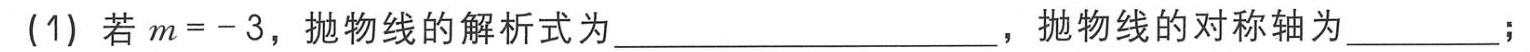
(1) 若\(m = - 3\)，抛物线的解析式为  ，抛物线的对称轴为  ；